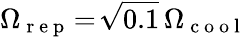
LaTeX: \Omega_{\mathrm{~r~e~p~}}\! =\! \sqrt{0.1}\, \Omega_{\mathrm{~c~o~o~l~}}